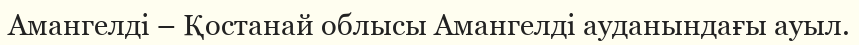
Амангелді – Қостанай облысы Амангелді ауданындағы ауыл.